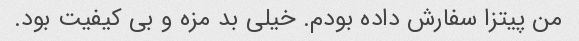
من پیتزا سفارش داده بودم. خیلی بد مزه و بی کیفیت بود.